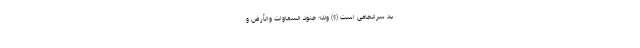
بد سرانجامى است (۶) وَلِلَّهِ جُنُودُ السَّمَاوَاتِ وَالْأَرْضِ و